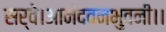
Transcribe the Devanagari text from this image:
सर्वे।आनंदवनभुवनी।।